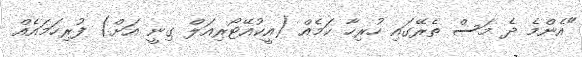
"އެންމެ ދެ މަސް ތެރޭގައި ހުރިހާ ކަމެއް (އީކުއޭޓޯރިއަލް ގިނީ އަށް) ފުރިހަމައެއް